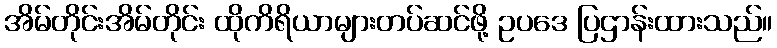
အိမ်တိုင်းအိမ်တိုင်း ထိုကိရိယာများတပ်ဆင်ဖို့ ဥပဒေ ပြဌာန်းထားသည်။